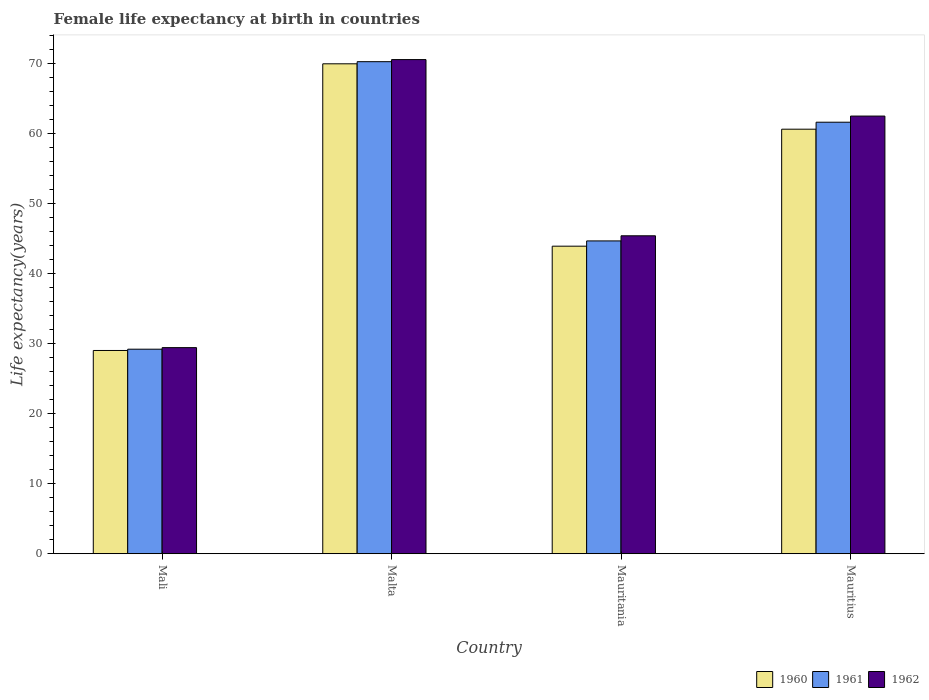
| Country | 1960 | 1961 | 1962 |
 | --- | --- | --- | --- |
 | Mali | 29 | 29.2 | 29.4 |
 | Malta | 70 | 70.3 | 70.6 |
 | Mauritania | 43.9 | 44.7 | 45.4 |
 | Mauritius | 60.6 | 61.6 | 62.5 |